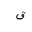
Letter: _qaf